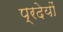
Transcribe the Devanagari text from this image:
प्रदेयों